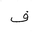
Letter: _fa